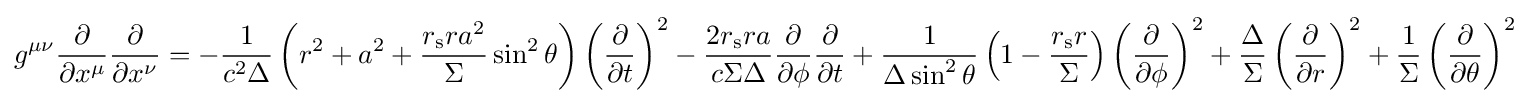
g^{\mu \nu }{\frac {\partial }{\partial x^{\mu }}}{\frac {\partial }{\partial x^{\nu }}}=-{\frac {1}{c^{2}\Delta }}\left(r^{2}+a^{2}+{\frac {r_{\text{s}}ra^{2}}{\Sigma }}\sin ^{2}\theta \right)\left({\frac {\partial }{\partial t}}\right)^{2}-{\frac {2r_{\text{s}}ra}{c\Sigma \Delta }}{\frac {\partial }{\partial \phi }}{\frac {\partial }{\partial {t}}}+{\frac {1}{\Delta \sin ^{2}\theta }}\left(1-{\frac {r_{\text{s}}r}{\Sigma }}\right)\left({\frac {\partial }{\partial \phi }}\right)^{2}+{\frac {\Delta }{\Sigma }}\left({\frac {\partial }{\partial r}}\right)^{2}+{\frac {1}{\Sigma }}\left({\frac {\partial }{\partial \theta }}\right)^{2}